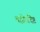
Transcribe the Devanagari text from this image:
बद्धोपदिष्ट